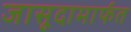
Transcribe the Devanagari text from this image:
जासूदामार्फत